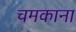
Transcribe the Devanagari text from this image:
चमकाना